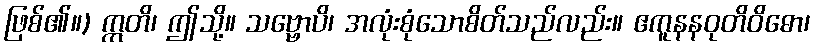
ဖြစ်၏။) ဣတိ၊ ဤသို့။ သဗ္ဗောပိ၊ အလုံးစုံသောစိတ်သည်လည်း။ ဧကူနနဝုတိဝိဓော၊